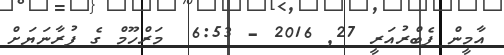
އާމީން ފެބްރުއަރީ 27